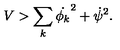
{ V > \sum _ { k } \dot { \phi _ { k } } ^ { 2 } + \dot { \psi } ^ { 2 } . }